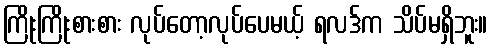
ကြိုးကြိုးစားစား လုပ်တော့လုပ်ပေမယ့် ရလဒ်က သိပ်မရှိဘူး။